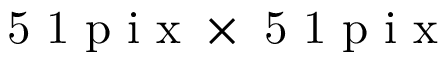
\mathrm { ~ 5 ~ 1 ~ p ~ i ~ x ~ } \times \mathrm { ~ 5 ~ 1 ~ p ~ i ~ x ~ }